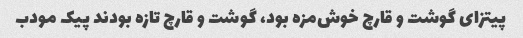
پیتزای گوشت و قارچ خوش‌مزه بود، گوشت و قارچ تازه بودند پیک مودب